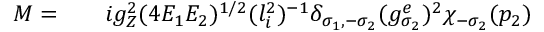
\begin{array} { r l r } { { \cal M } = } & { { } } & { i g _ { Z } ^ { 2 } ( 4 E _ { 1 } E _ { 2 } ) ^ { 1 / 2 } ( l _ { i } ^ { 2 } ) ^ { - 1 } \delta _ { \sigma _ { 1 } , - \sigma _ { 2 } } ( g _ { \sigma _ { 2 } } ^ { e } ) ^ { 2 } \chi _ { - \sigma _ { 2 } } ( p _ { 2 } ) } \end{array}